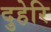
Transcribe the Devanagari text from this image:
दुहेरि